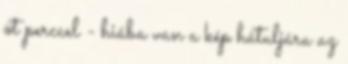
öt perccel - hiába van a kép hátuljára az